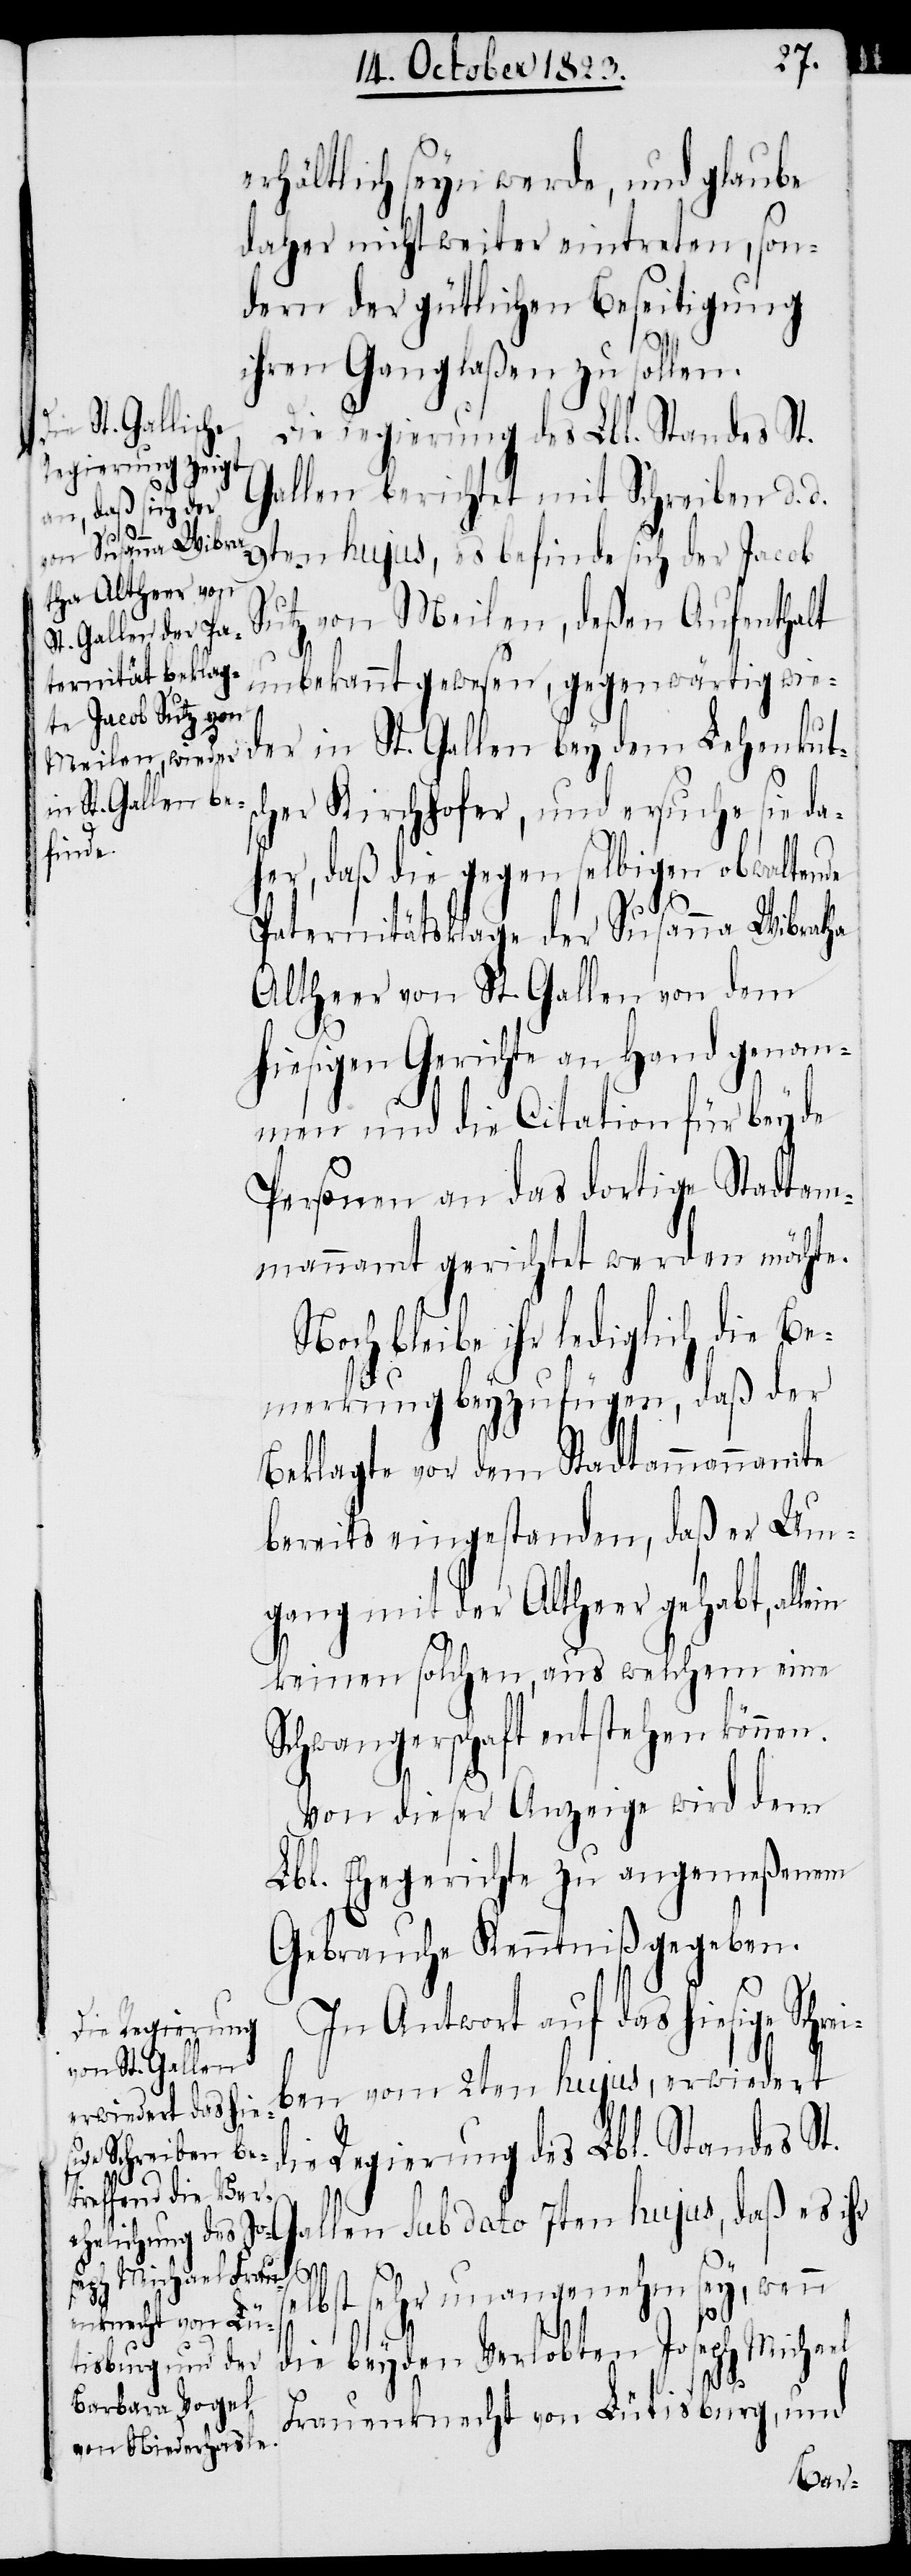
erhältlich seyn werde, und glaube
daher nicht weiter eintreten, son¬
dern der gütlichen Beseitigung
ihren Gang laßen zu sollen.
die Regierung des Lbl. Standes St.
Gallen berichtet mit Schreiben d. d.
9ten hujus, es befinde sich der Jacob
Sutz von Meilen, deßen Aufenthalt
unbekannt gewesen, gegenwärtig w¬
ieder in St. Gallen bey dem Lehenkuts¬
cher Kirchhofer, und ersuche sie da¬
her, daß die gegen selbigen obwaltende
Paternitätsklage der Susanna Wibratha
Altheer von St. Gallen von dem
hiesigen Gerichte an Hand genom¬
men und die Citation für beyde
Personen an das dortige Stadtam¬
mannamt gerichtet werden möchte.
Noch bleibe ihr lediglich die Be¬
merkung beyzufügen, daß der
Beklagte vor dem Stadtammannamte
bereits eingestanden, daß er Um¬
gang mit der Altheer gehabt, allein
keinen solchen, aus welchem eine
Schwangerschaft entstehen können.
Von dieser Anzeige wird dem
Lbl. Ehegerichte zu angemeßenem
Gebrauche Kenntniß gegeben.
In Antwort auf das hiesige Schr¬
ben vom 2ten hujus, erwiedert
Gallen sub dato 7ten hujus, daß es ihr
selbst sehr unangenehm sey, wenn
die beyden Verlobten Joseph Michael
Frauenknecht von Lütisburg, und
ei¬